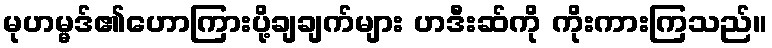
မုဟမ္မဒ်၏ဟောကြားပို့ချချက်များ ဟဒီးဆ်ကို ကိုးကားကြသည်။